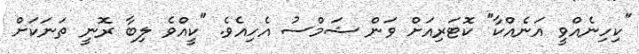
"ކިހިނެއްވީ އަނެއްކާ" ކޮޓަރިއަށް ވަން ޝަމްސު އެހިއެވެ. "ކީއްވެ ލިބާ ރޮނީ ތަނަކަށް